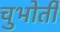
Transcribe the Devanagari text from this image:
चुभोती